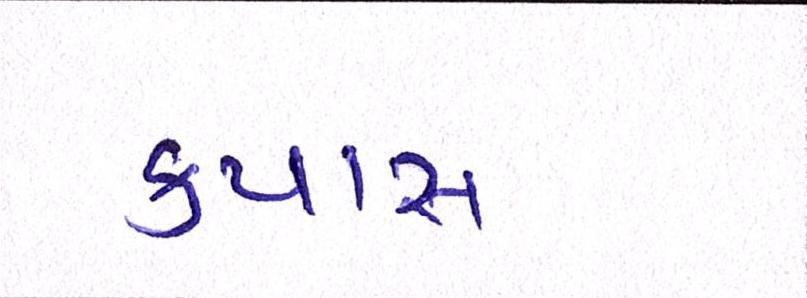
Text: કપાસ